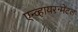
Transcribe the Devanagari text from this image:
एन्व्हायरन्मेंटल